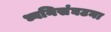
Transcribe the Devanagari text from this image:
ध्वनिसंघटना